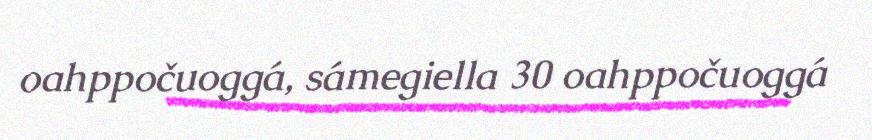
oahppočuoggá, sámegiella 30 oahppočuoggá